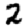
Digit: 2